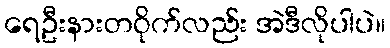
ရေဦးနားတဝိုက်လည်း အဲဒီလိုပါပဲ။